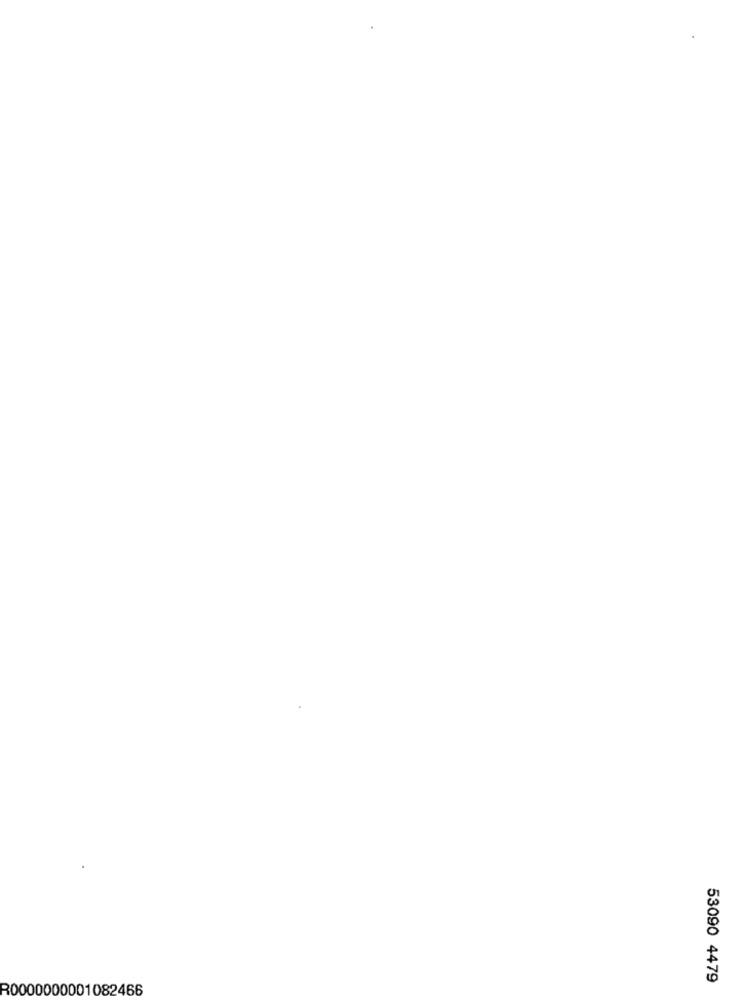
53090 4479
R0000000001082466